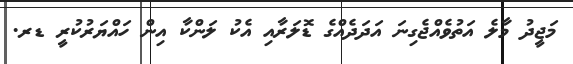
މަޖީދު މާލެ އަތުވެއްޖެގިނަ އަދަދެއްގެ ޑޮލަރާއި އެކު ލަންކާ އިން ހައްޔަރުކުރީ ޑރ.